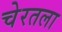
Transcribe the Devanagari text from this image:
चेरतला